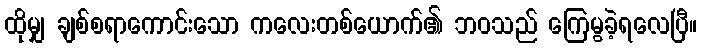
ထိုမျှ ချစ်စရာကောင်းသော ကလေးတစ်ယောက်၏ ဘဝသည် ကြေမွခဲ့ရလေပြီ။